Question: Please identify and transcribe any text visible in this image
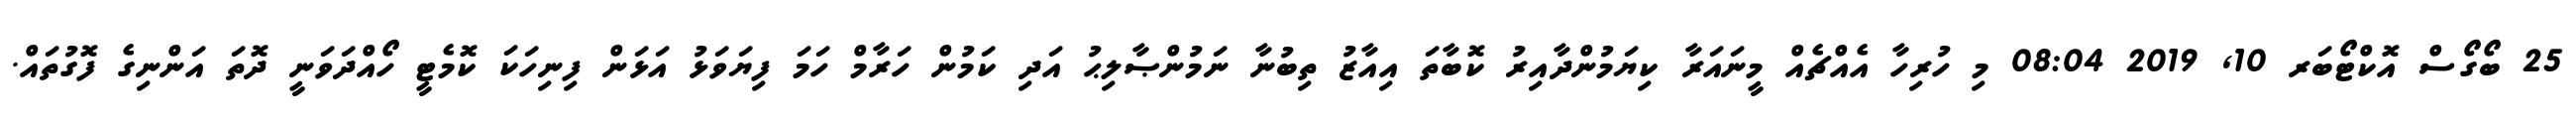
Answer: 25 ބޯގޯސް އޮކްޓޯބަރ 10, 2019 08:04 މި ހުރިހާ އެއްޗެއް މީނައަރާ ކިޔަމުންދާއިރު ކޮބާތަ އިއާޒު ތިބުނާ ނަމުންޞާލިޙު އަދި ކަމުން ހަރާމް ހަމަ ފިޔަވަޅު އަޅަން ފިނިހަކަ ކޮމެޓީ ހޯއްދަވަނީ ދޮތަ އަންނިގެ ފޮގުތައް.